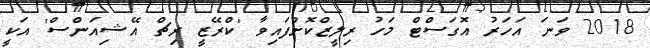
2018 ވަނަ އަހަރު އޮގަސްޓް މަހު ރިލީޒްކޮށްފައިވާ 'ކްރޭޒީ ރިޗް އޭޝިއަންސް' އަކީ